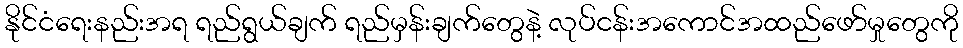
နိုင်ငံရေးနည်းအရ ရည်ရွယ်ချက် ရည်မှန်းချက်တွေနဲ့ လုပ်ငန်းအကောင်အထည်ဖော်မှုတွေကို